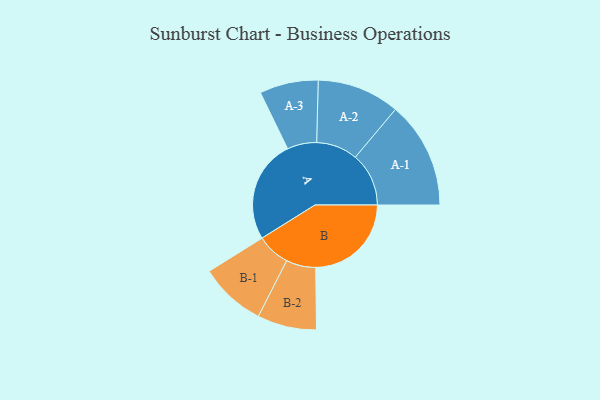
{"axis": {"x": "Segment", "y": "Value"}, "legend": ["", "A", "B"], "data": [{"x": "A", "y": 483, "type": ""}, {"x": "B", "y": 449, "type": ""}, {"x": "A-1", "y": 251, "type": "A"}, {"x": "A-2", "y": 194, "type": "A"}, {"x": "A-3", "y": 138, "type": "A"}, {"x": "B-1", "y": 156, "type": "B"}, {"x": "B-2", "y": 139, "type": "B"}]}